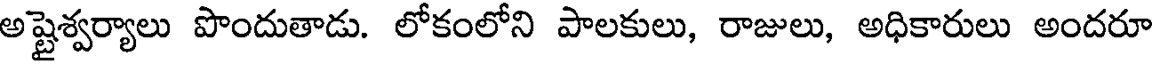
అష్టైశ్వర్యాలు పొందుతాడు. లోకంలోని పాలకులు, రాజులు, అధికారులు అందరూ